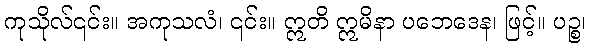
ကုသိုလ်၎င်း။ အကုသလံ၊ ၎င်း။ ဣတိ ဣမိနာ ပဘေဒေန၊ ဖြင့်။ ပဉ္စ၊